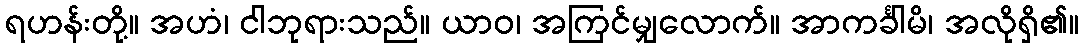
ရဟန်းတို့။ အဟံ၊ ငါဘုရားသည်။ ယာဝ၊ အကြင်မျှလောက်။ အာကင်္ခါမိ၊ အလိုရှိ၏။